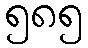
၅၈၅